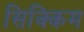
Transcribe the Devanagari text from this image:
सिक्‍िकम